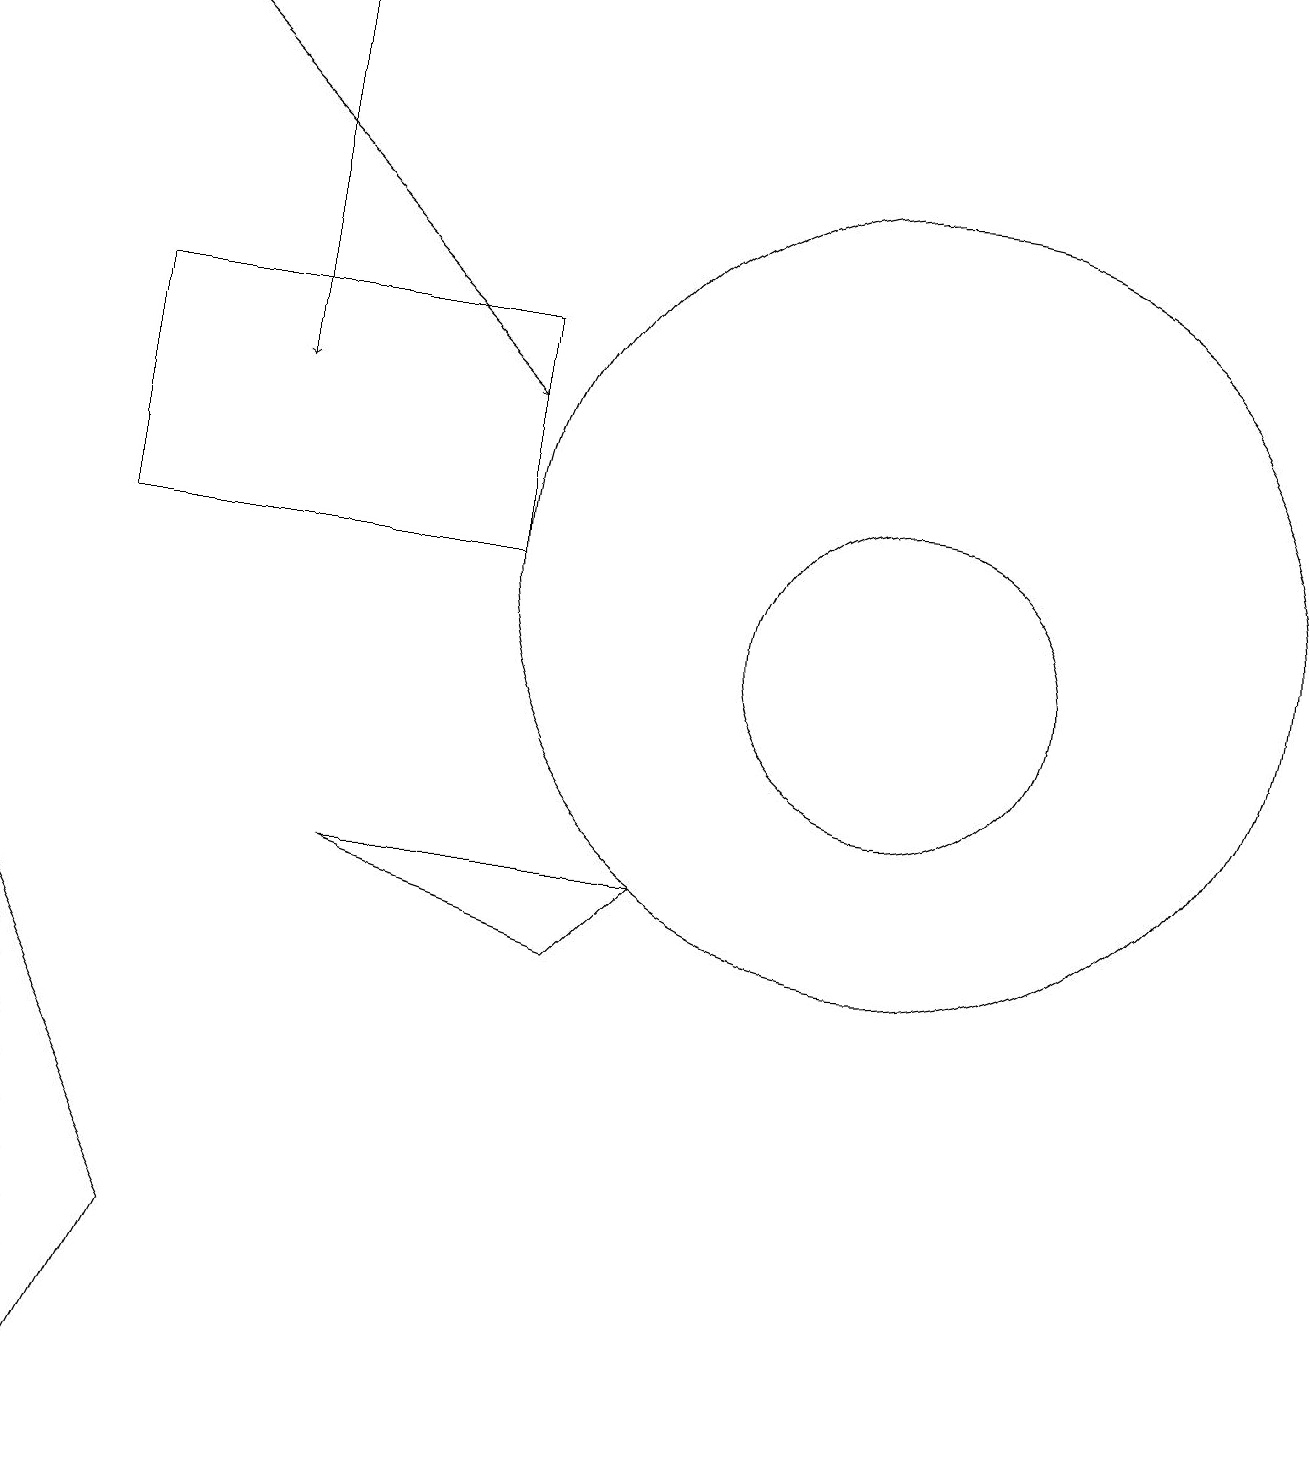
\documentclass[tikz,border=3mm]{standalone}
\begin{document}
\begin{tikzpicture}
\draw (1,11) rectangle (6,14);
\draw (0,6) -- (1,0) -- (2,2) -- cycle;
\draw (4,7) -- (8,7) -- (7,6) -- cycle;
\draw[->] (3,18) -- (3,13);
\draw (12,10) circle (0);
\draw[->] (1,18) -- (6,13);
\draw (11,10) circle (2);
\draw (11,11) circle (5);
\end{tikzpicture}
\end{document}